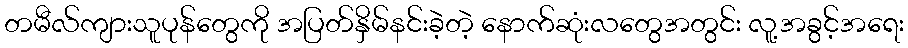
တမီလ်ကျားသူပုန်တွေကို အပြတ်နှိမ်နင်းခဲ့တဲ့ နောက်ဆုံးလတွေအတွင်း လူ့အခွင့်အရေး